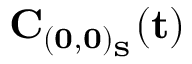
\mathbf { C _ { ( 0 , 0 ) _ { S } } ( t ) }